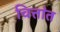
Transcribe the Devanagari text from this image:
चित्तांत